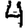
Digit: 4